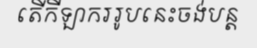
តើកីឡាកររូបនេះចង់បន្ត